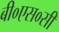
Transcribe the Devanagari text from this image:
बी०एस०सी